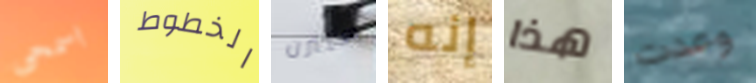
اسمحى الخطوط ستيرن إنه هذا وعدت